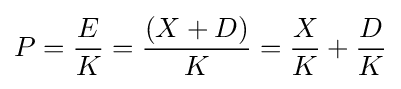
P={\frac {E}{K}}={\frac {(X+D)}{K}}={\frac {X}{K}}+{\frac {D}{K}}